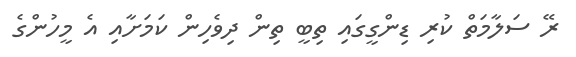
ރޭ ސަލާމަތް ކުރި ޑިންގީގައި ތިބީ ތިން ދިވެހިން ކަމަށާއި އެ މީހުންގެ